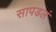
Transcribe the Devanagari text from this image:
सापडलं